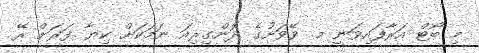
މި ބޯޓް އަރާފައިވަނީ މ. ވޭވަށުގެ ދޮންގިރިއަ ނަމަކަށް ކިޔާ ފަރަށް ރޭ